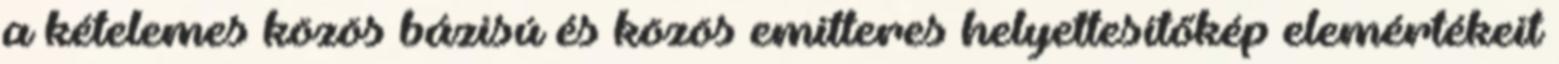
a kételemes közös bázisú és közös emitteres helyettesítőkép elemértékeit